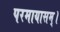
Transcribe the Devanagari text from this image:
परमायासम्‌।